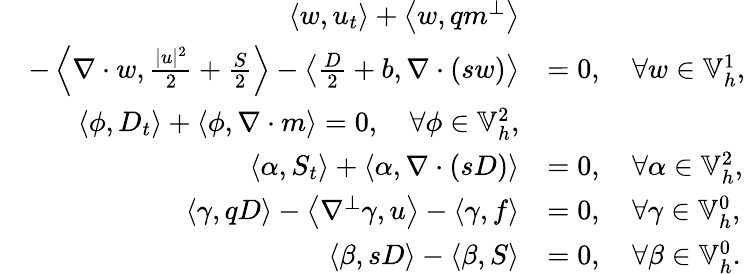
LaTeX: \begin{array}{rl}{\left\langle w,u_{t}\right\rangle+\left\langle w,qm^{\perp}\right\rangle}&{}\\ {\quad-\left\langle\nabla\cdot w,\frac{|u|^{2}}{2}+\frac{S}{2}\right\rangle-\left\langle\frac{D}{2}+b,\nabla\cdot\left(sw\right)\right\rangle}&{=0,\quad\forall w\in\mathbb{V}_{h}^{1},}\\ {\left\langle\phi,D_{t}\right\rangle+\left\langle\phi,\nabla\cdot m\right\rangle=0,\quad\forall\phi\in\mathbb{V}_{h}^{2},}\\ {\left\langle\alpha,S_{t}\right\rangle+\left\langle\alpha,\nabla\cdot(sD)\right\rangle}&{=0,\quad\forall\alpha\in\mathbb{V}_{h}^{2},}\\ {\left\langle\gamma,qD\right\rangle-\left\langle\nabla^{\perp}\gamma,u\right\rangle-\left\langle\gamma,f\right\rangle}&{=0,\quad\forall\gamma\in\mathbb{V}_{h}^{0},}\\ {\left\langle\beta,sD\right\rangle-\left\langle\beta,S\right\rangle}&{=0,\quad\forall\beta\in\mathbb{V}_{h}^{0}.}\end{array}